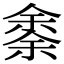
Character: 𠎳